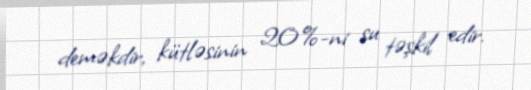
deməkdir, kütləsinin 20%-ni su təşkil edir.